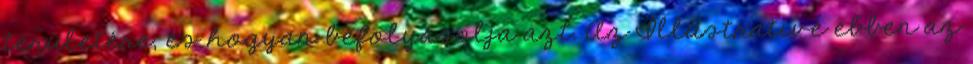
területére, és hogyan befolyásolja azt. Az Illustrative ebben az